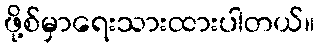
ဖို့စ်မှာရေးသားထားပါတယ်။